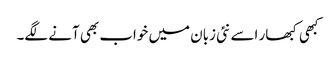
کبھی کبھار اسے نئی زبان میں خواب بھی آنے لگے۔